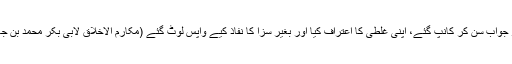
حضرت عمر جواب سن کر کانپ گئے، اپنی غلطی کا اعتراف کیا اور بغیر سزا کا نفاذ کیے واپس لوٹ گئے (مکارم الاخلاق لابی بکر محمد بن جعفر الخزائلی)۔